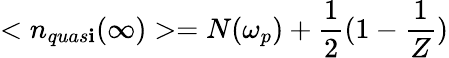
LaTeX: <n_{quas\mathbf{i}}(\infty)>=N(\omega_{p})+\frac{{1}}{{2}}(1-\frac{{1}}{{Z}})